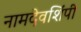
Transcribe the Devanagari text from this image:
नामदेवशिंपी